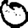
Digit: 0